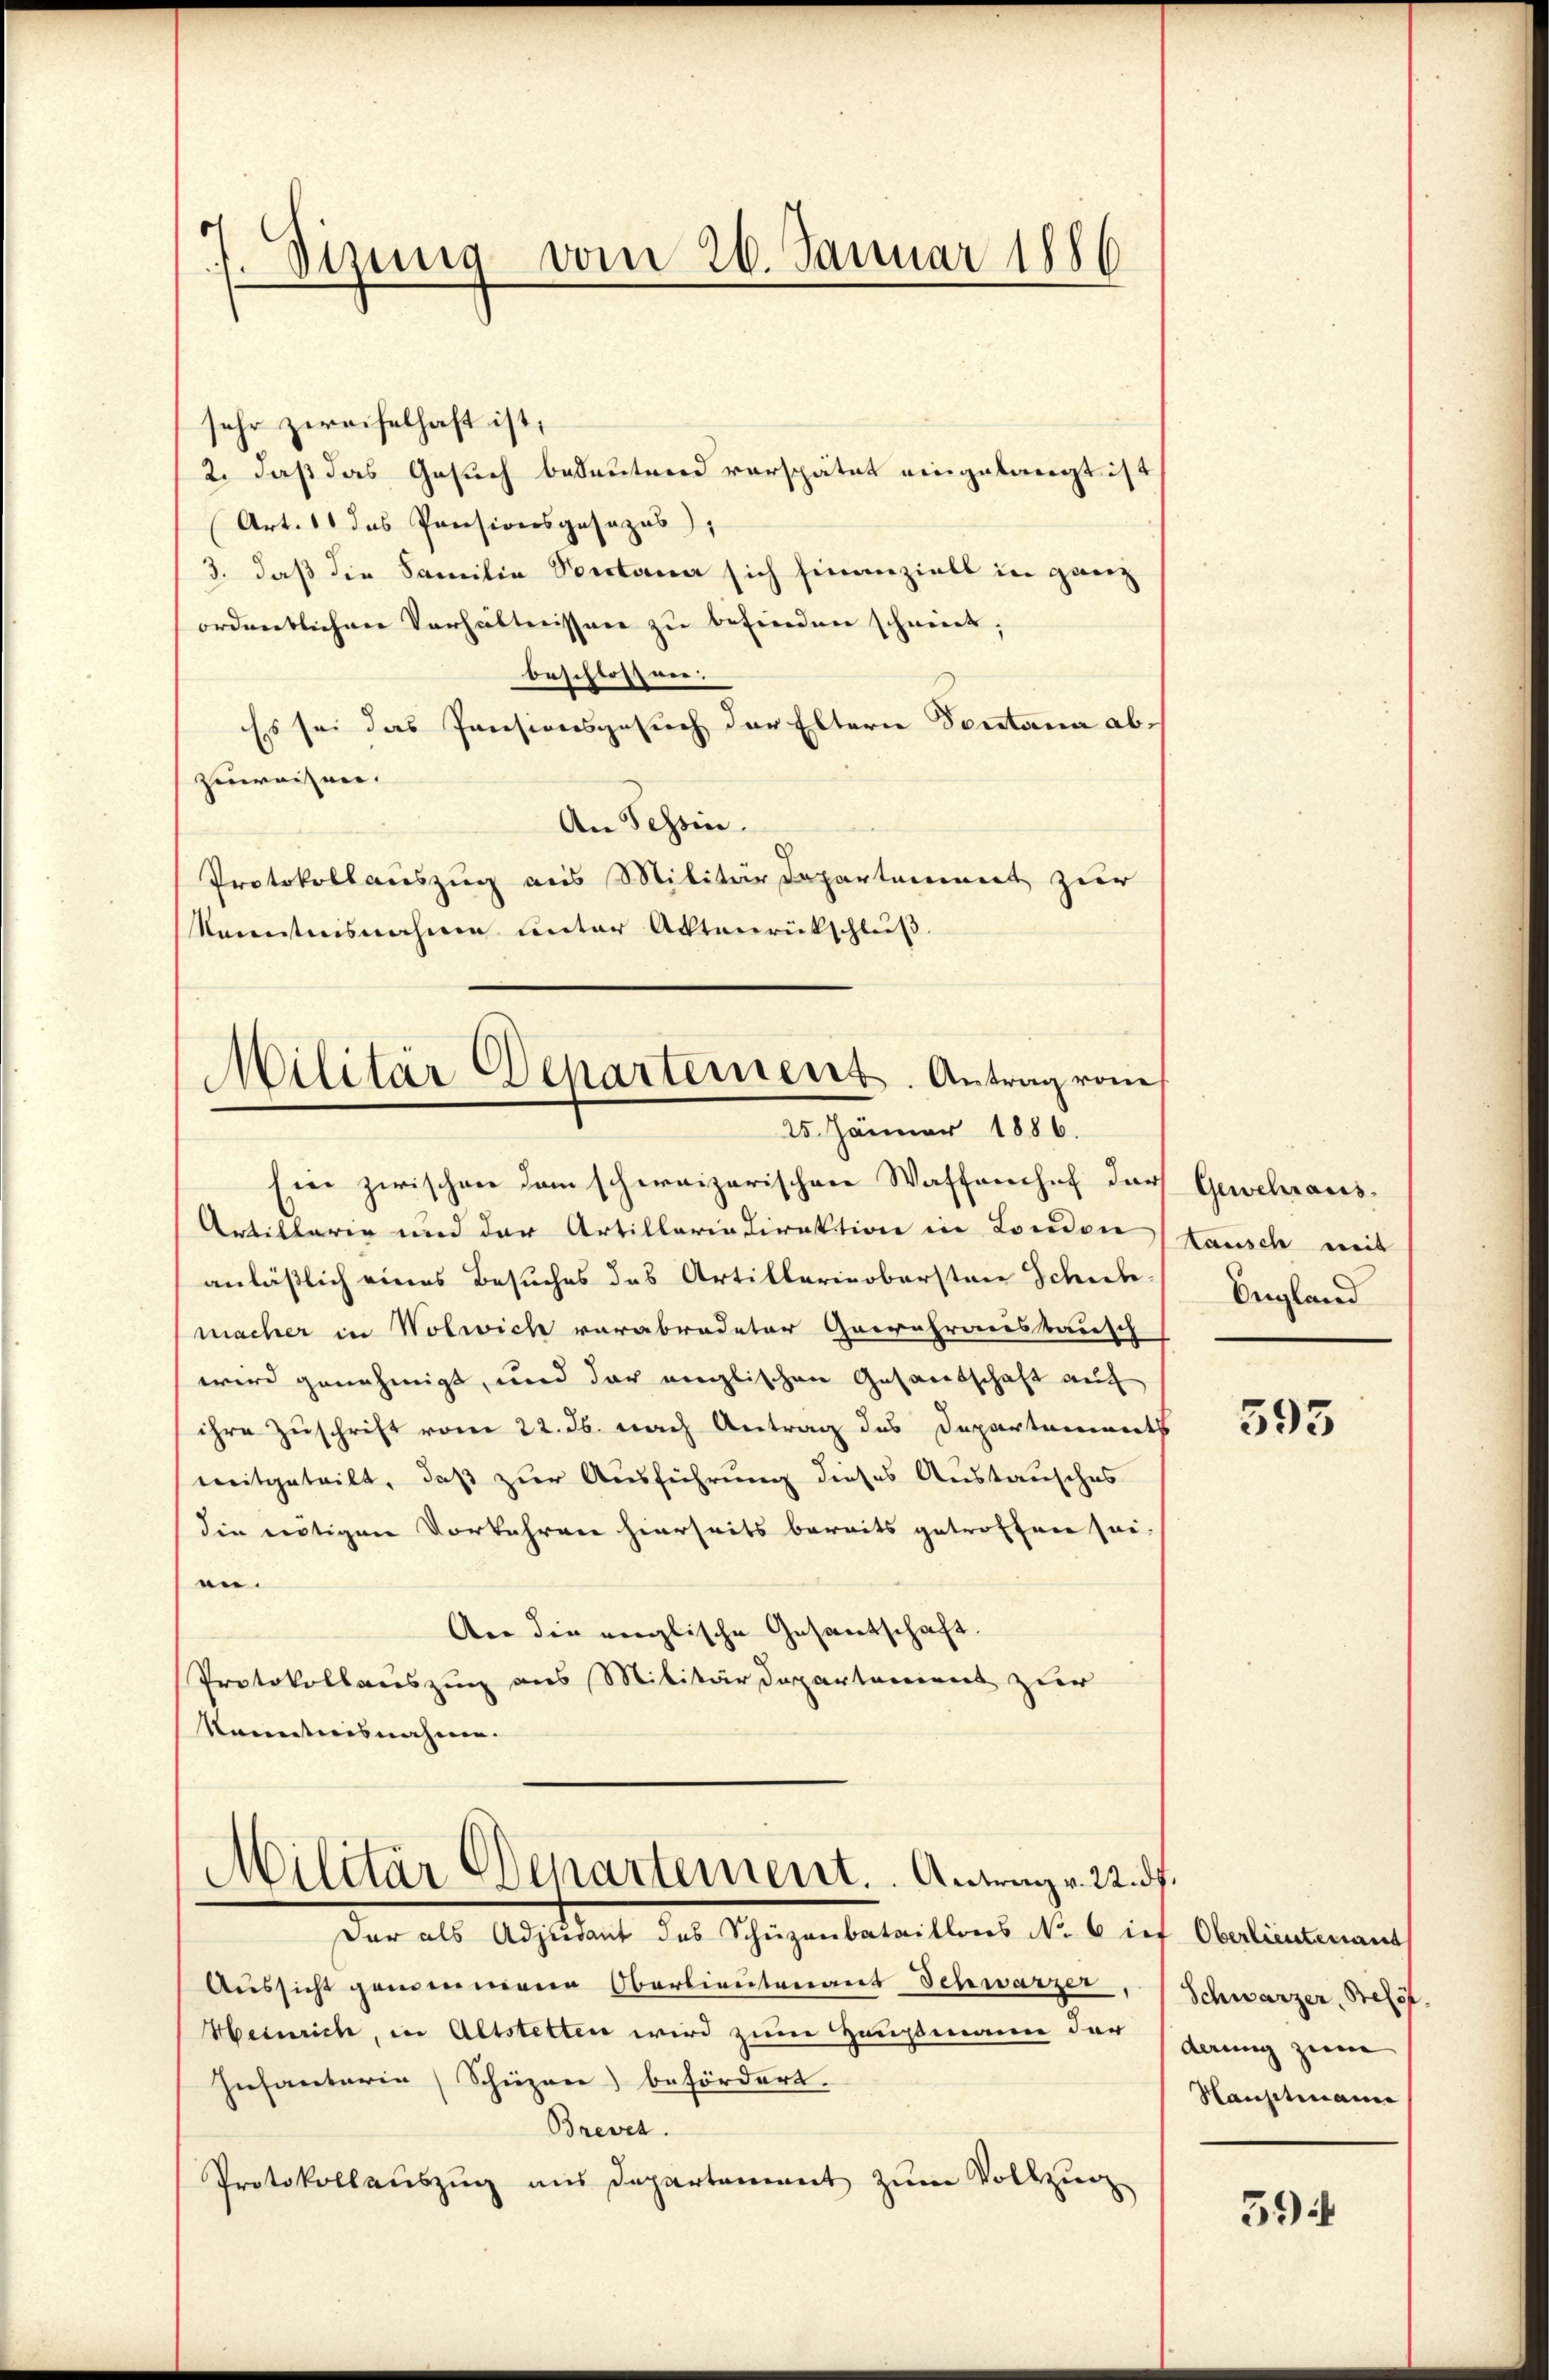
7. Sirung vom 26. Januar 1886

sehr zweifelhaft ist;
2. daß das Gesuch bedeutend verspätet eingelangt ist
Art. 11 das Preisionsgesezes),
3. daß die Familie Portaner sich hinanzielt in ganz
ordentlichen Verhältnissen zu befinden scheint;
beschlossen.
Es sei das Pensionsgesuch der Eltern Sontana abzuweisen.
An Schein.
Protokollauszug aus Militärdepartement zur
Kenntnisnahme unter Aktenrückschluß

Militär Departement. Antrag vom
25. Jänner 1886.

Ein zwischen dem schweizerischen Waffenchef der Gewehraus¬
Artillarie und der Artillaria Direktion in London
anläßlich eines Besuches das Artillerinobersten Schick England
macher in Wolwich verabredeter Garrahrausbausch
wird genehmigt, und der englischen Gesandschaft auch
ihre Zuschrift vom 22. ds. nach Antrag des Departements
mitgeteilt, daß zur Ausführung dieses Austausches
die nötigen Vorkehren hierseits bereits getroffen sei-
en.
An die englische Gesandschaft.
Protokollauszug aus Militärdepartement zur
Komenticisnahmen. |

Militär Departement. Antrag v. 22. ds.

Der als Adjutant des Schüzenbataillons No. 6 ief Oberlieutenant
Aussicht genommene Oberlieutenaus Schwarzer, Schwarzer Belof
Heinrich, in Altstetten wird zum Hausmann der
Infantaria (Schüzen) befördert.
Breves.
Protokollauszug aus Departement zum Vollzug

Rausch mit

595

derung zum
Hauptmann

594